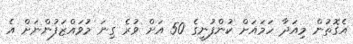
އެގޮތުން މިއަދާ ހަމައަށް ކުންފުނީގެ 50 އަށް ވުރެ ގިނަ މުވައްޒަފުންނަށް އެ